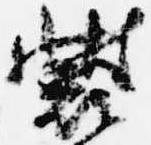
装